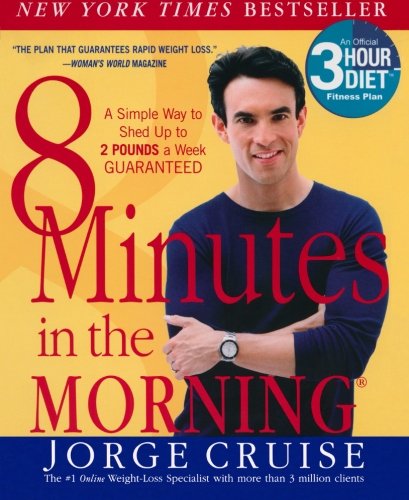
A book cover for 8 Minutes in the Morning: A Simple Way to Shed Up to 2 Pounds a Week -- Guaranteed; Jorge Cruise; Health, Fitness & Dieting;